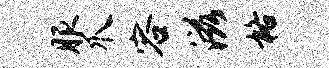
服爪容滋格